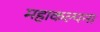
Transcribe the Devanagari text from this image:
महाकल्पना